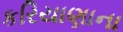
કરિયાણાના